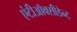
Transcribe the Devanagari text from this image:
एंटीऑक्सीडेन्ट